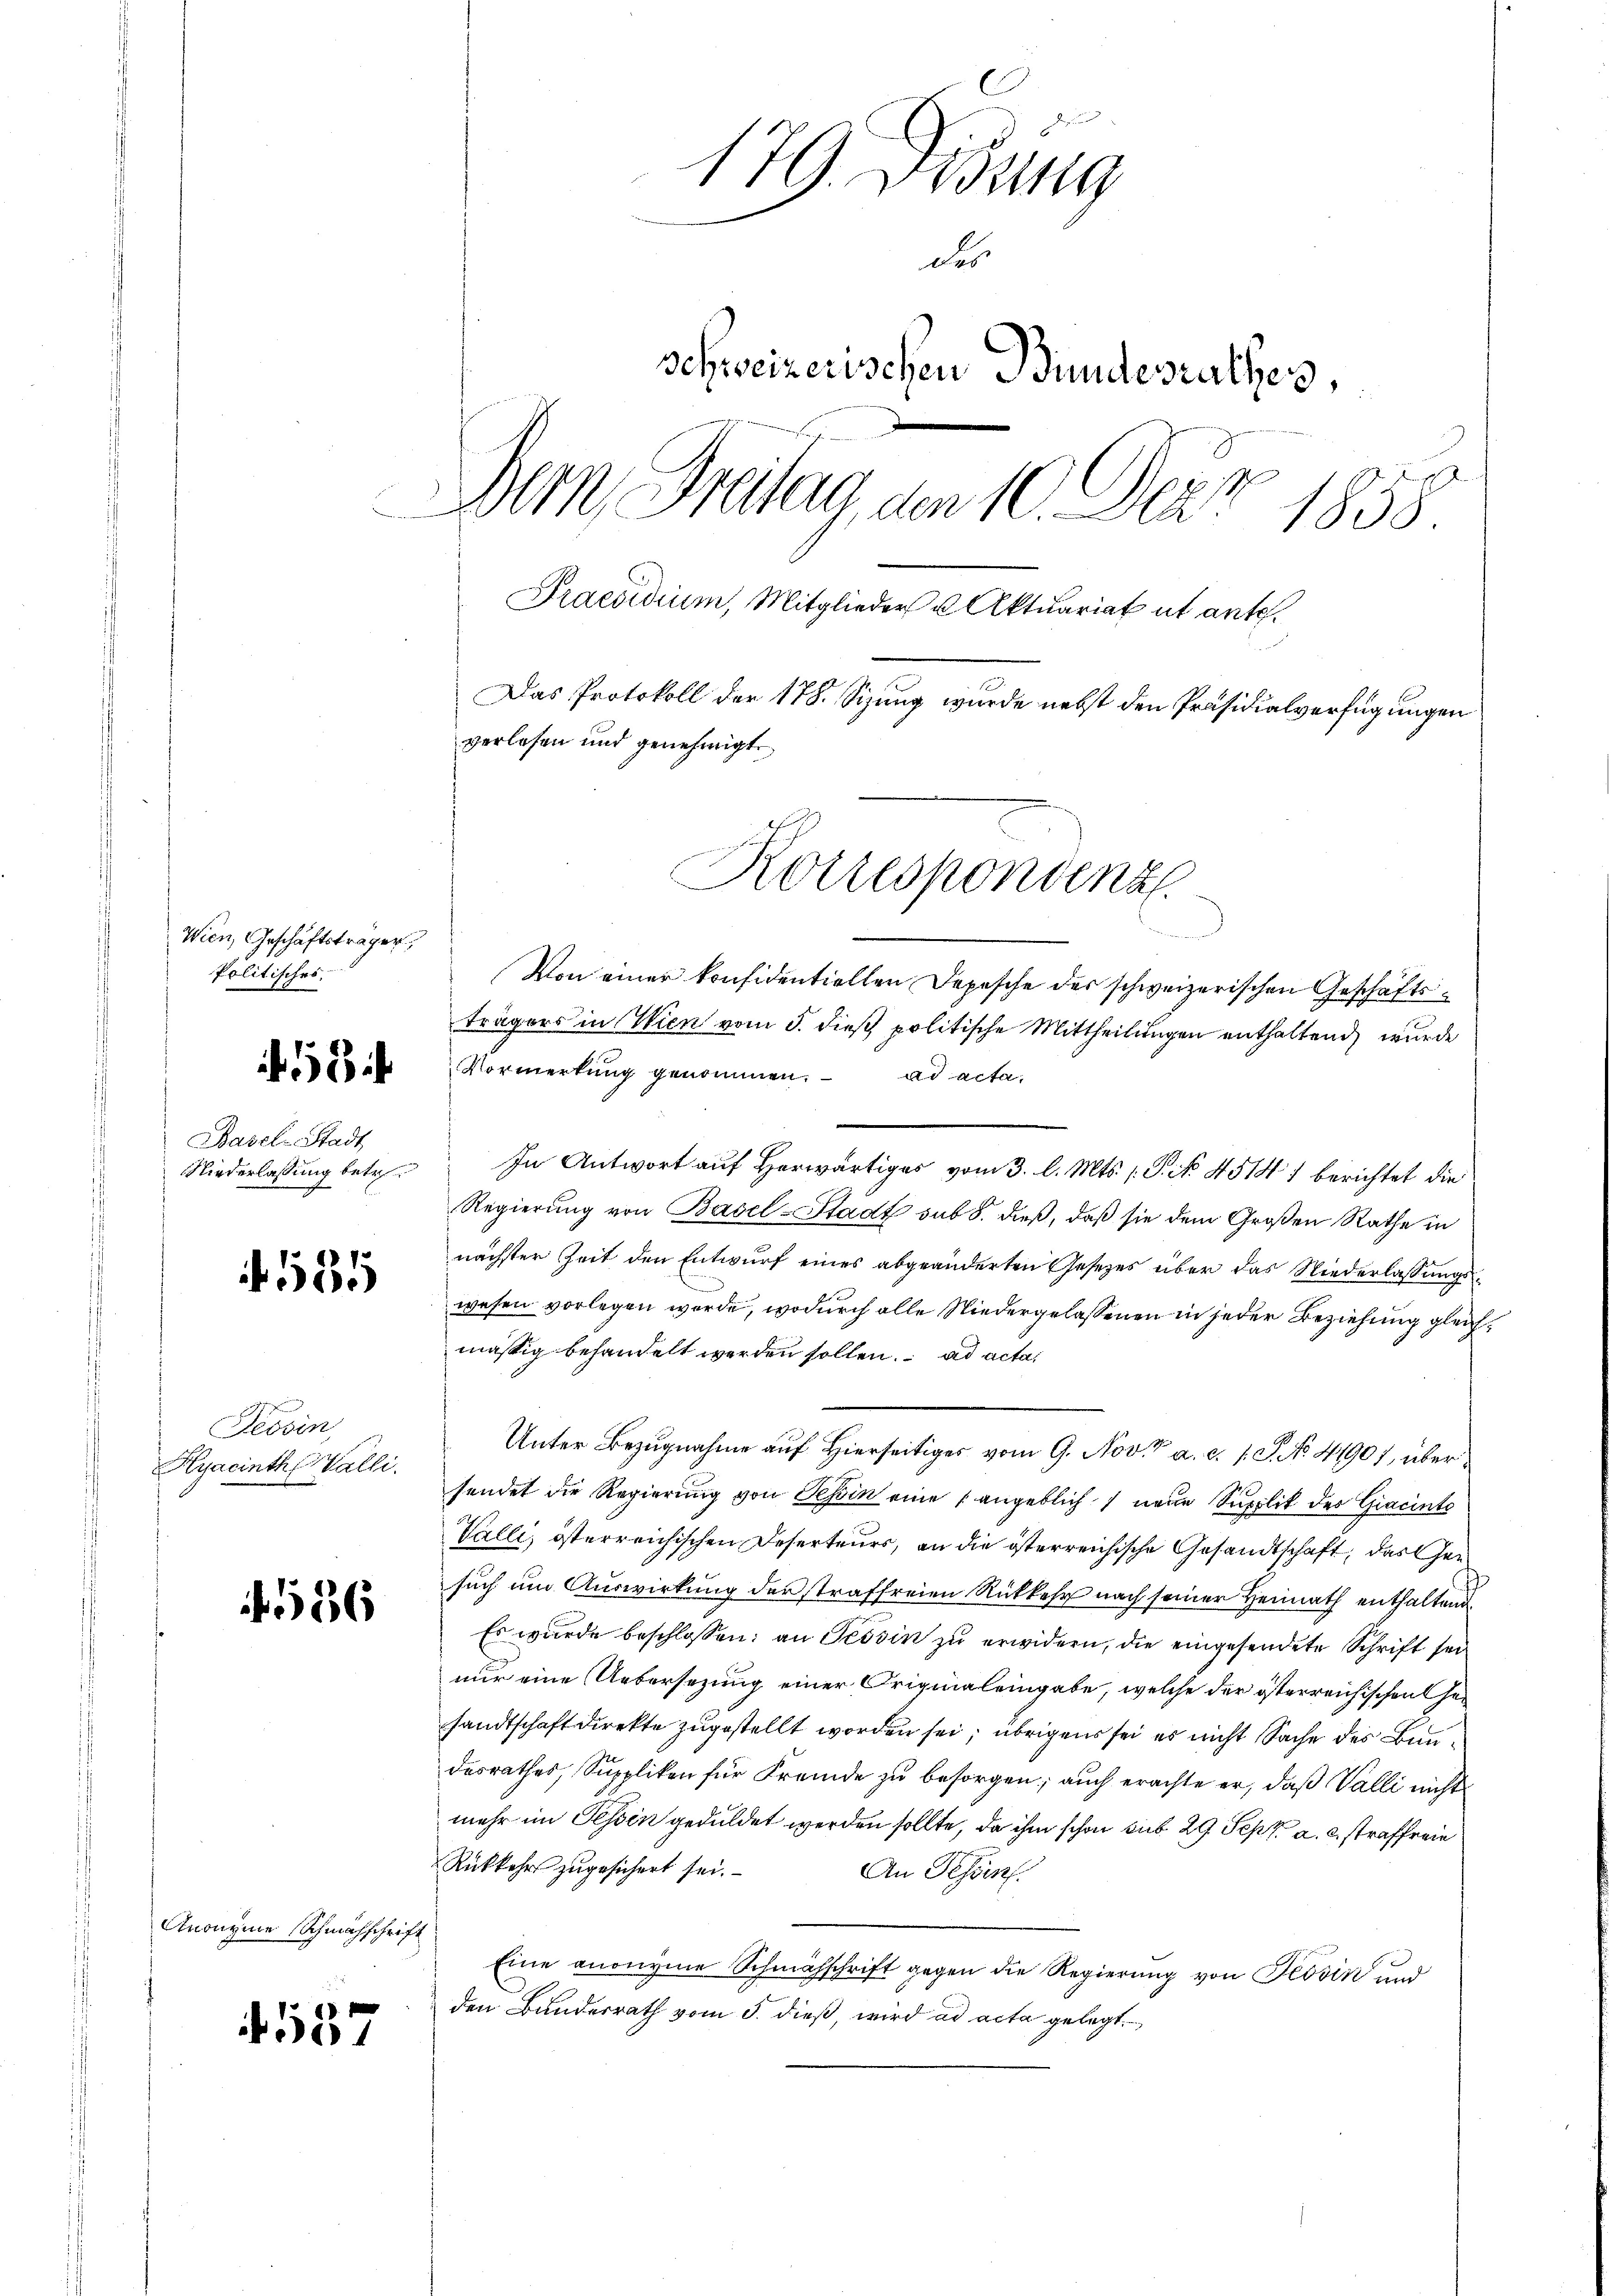
Wien, Geschäftsträger,
politisches

Basel-Stadt
Niederlassung betr.

121

Tessin,
Hyacinth Walli.

f. 536

Anonyme Schmähschrift

4537

179. Vorsing
des
schweizerischen Bundesrathes,
Bern Freitag, den 10. Der 1858.
Praesidium, Mitglieder u Aktuariat ut ante.
Das Protokoll der 178. Sizung wurde nebst den Präsidialverfügungen
verlesen und genehmigt

Korrespondenz

Von einer konfidentiellen Depesche des schweizerischen Geschäftsträgers in Wien vom 5. dieß politische Mittheilungen enthaltend wurde
Vormerkung genommen. ad acta
In Antwort auf Herwärtiges vom 3. l. Mts. (T. No. 4514) berichtet die
Regierung von Basel-Stadt sub 8. dieß, daß sie dem Großen Rathe in
nächster Zeit den Entwurf eines abgeänderten Gesetzes über das Niederlassungswesen vorlegen werde, wodurch alle Niedergelassenen in jeder Beziehung gleichmässig behandelt werden sollen. ad acta
Unter Bezugnahme auf Hierseitiges vom 9. Nov. a. c. s. S. No. 41901 übersendet die Regierung von Tessin eine angeblich neue Supplik des Giacinte
Valli, österreichischen Deserteurs, an die österreichische Gesandtschaft, das Gen
such um Auswirkung der straffreien Rückkehr nach seiner Heimath enthaltend
Es wurde beschlossen: an Tessin zu erwidern, die eingesendete Schrift sei
nur eine Uebersezung einer Originaleingabe, welche der österreichischen Gesandtschaft direkte zugestellt worden sei; übrigens sei es nicht Sache des Baudesrathes, Suppliken für Fremde zu besorgen; auch erachte er, daß Valli nicht
mehr im Tessin geduldet werden sollte, da ihm schon sub 29. Sept. a. c. straffreie
Rükkehr zugesichert sei.
An Tessin.
Eine anonyme Schmähschrift gegen die Regierung von Tessin und
den Bundesrath vom 5. dieß, wird ad acta gelegt.